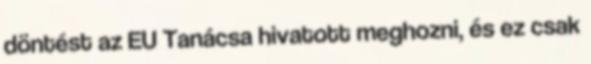
döntést az EU Tanácsa hivatott meghozni, és ez csak